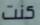
كنت